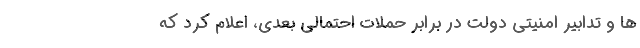
ها و تدابیر امنیتی دولت در برابر حملات احتمالی بعدی، اعلام کرد که